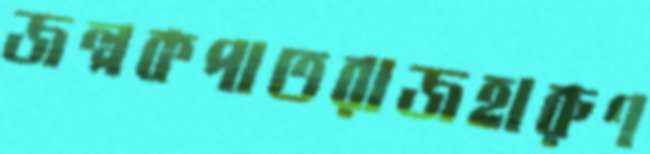
জল্পকপাতরাজহারুণ